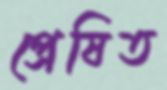
প্রেষিত